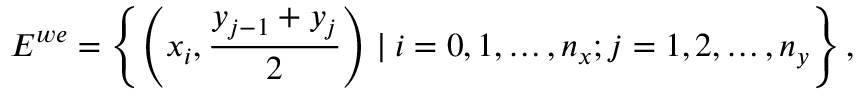
E ^ { w e } = \left\{ \left( x _ { i } , \frac { y _ { j - 1 } + y _ { j } } { 2 } \right) \mid i = 0 , 1 , \ldots , n _ { x } ; j = 1 , 2 , \ldots , n _ { y } \right\} ,